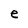
Character: e